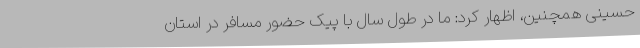
حسینی همچنین، اظهار کرد: ما در طول سال با پیک حضور مسافر در استان